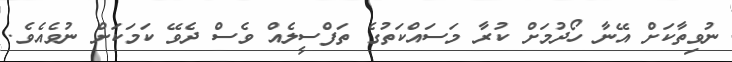
ނުވިތާކަށް އޭނާ ހޯދުމަށް ކުރާ މަސައްކަތުގެ ތަފްސީލެއް ވެސް ދެވޭ ކަމަކަށް ނުވެއެވެ.